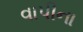
વાપીના